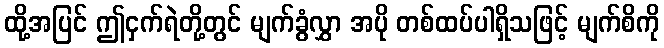
ထို့အပြင် ဤငှက်ရဲတို့တွင် မျက်ခွံလွှာ အပို တစ်ထပ်ပါရှိသဖြင့် မျက်စိကို